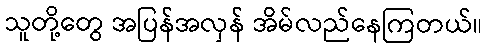
သူတို့တွေ အပြန်အလှန် အိမ်လည်နေကြတယ်။